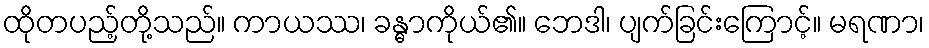
ထိုတပည့်တို့သည်။ ကာယဿ၊ ခန္ဓာကိုယ်၏။ ဘေဒါ၊ ပျက်ခြင်းကြောင့်။ မရဏာ၊